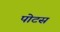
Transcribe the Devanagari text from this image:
पोटस